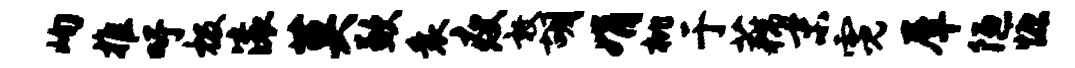
峋推吁极滚莫歉衰瘦敦胡娟枇于藕末霓犀陋慷